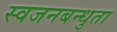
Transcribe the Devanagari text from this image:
स्वजनबन्धुता